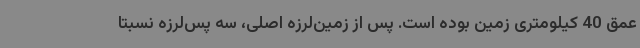
عمق 40 کیلومتری زمین بوده است. پس از زمین‌لرزه اصلی، سه پس‌لرزه نسبتا